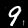
Label: 9